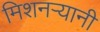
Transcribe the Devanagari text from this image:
मिशनर्‍यानी